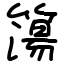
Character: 簜